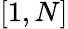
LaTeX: [1,N]